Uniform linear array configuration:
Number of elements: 16
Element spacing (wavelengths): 0.25
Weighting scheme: uniform
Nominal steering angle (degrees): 15
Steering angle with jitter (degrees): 13.049
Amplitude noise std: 0.05
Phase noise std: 0.05

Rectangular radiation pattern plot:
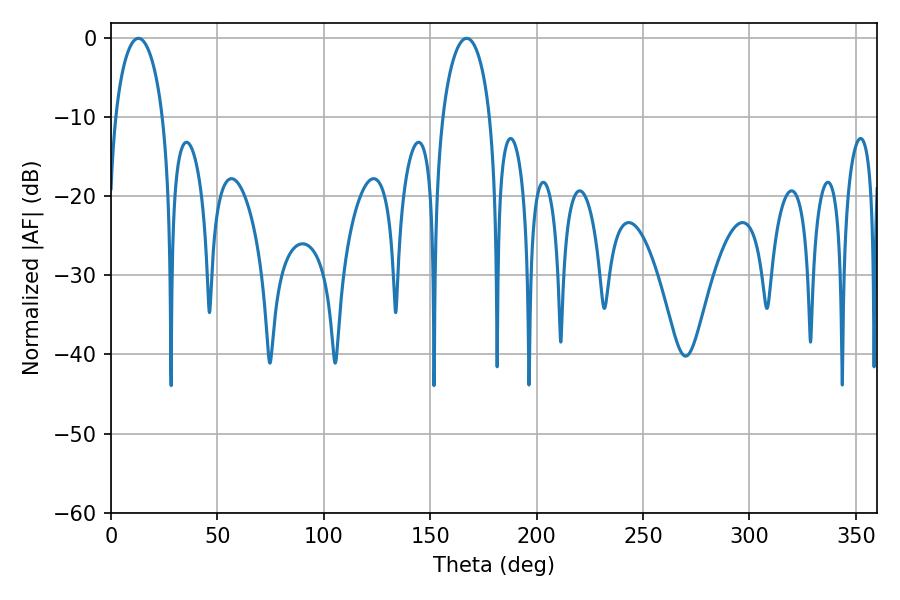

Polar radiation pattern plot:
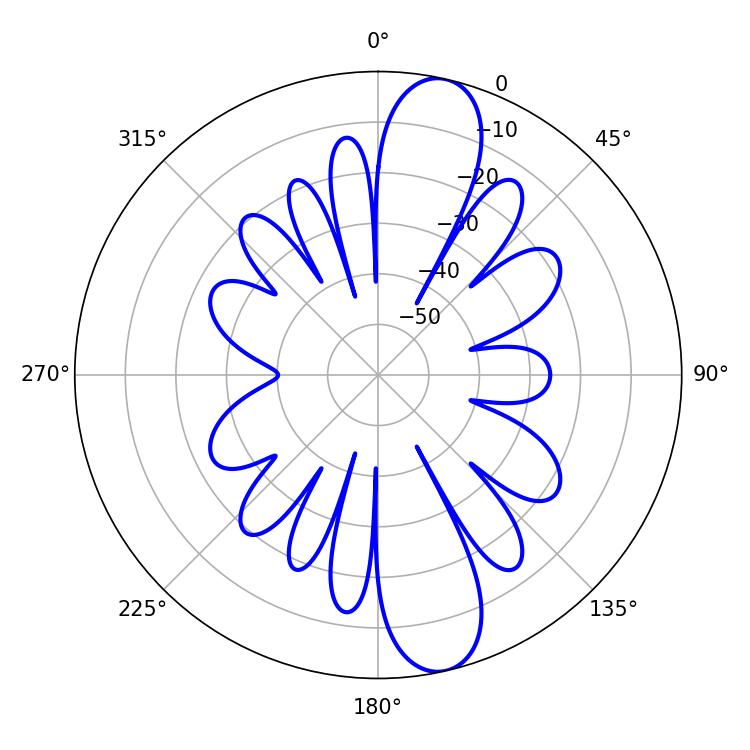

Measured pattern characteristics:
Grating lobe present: FALSE
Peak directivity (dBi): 12.526
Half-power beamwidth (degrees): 12.96
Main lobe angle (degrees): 12.96